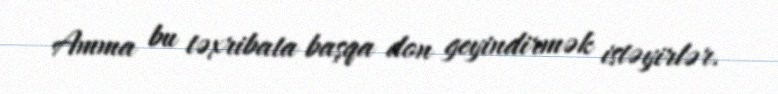
Amma bu təxribata başqa don geyindirmək istəyirlər.